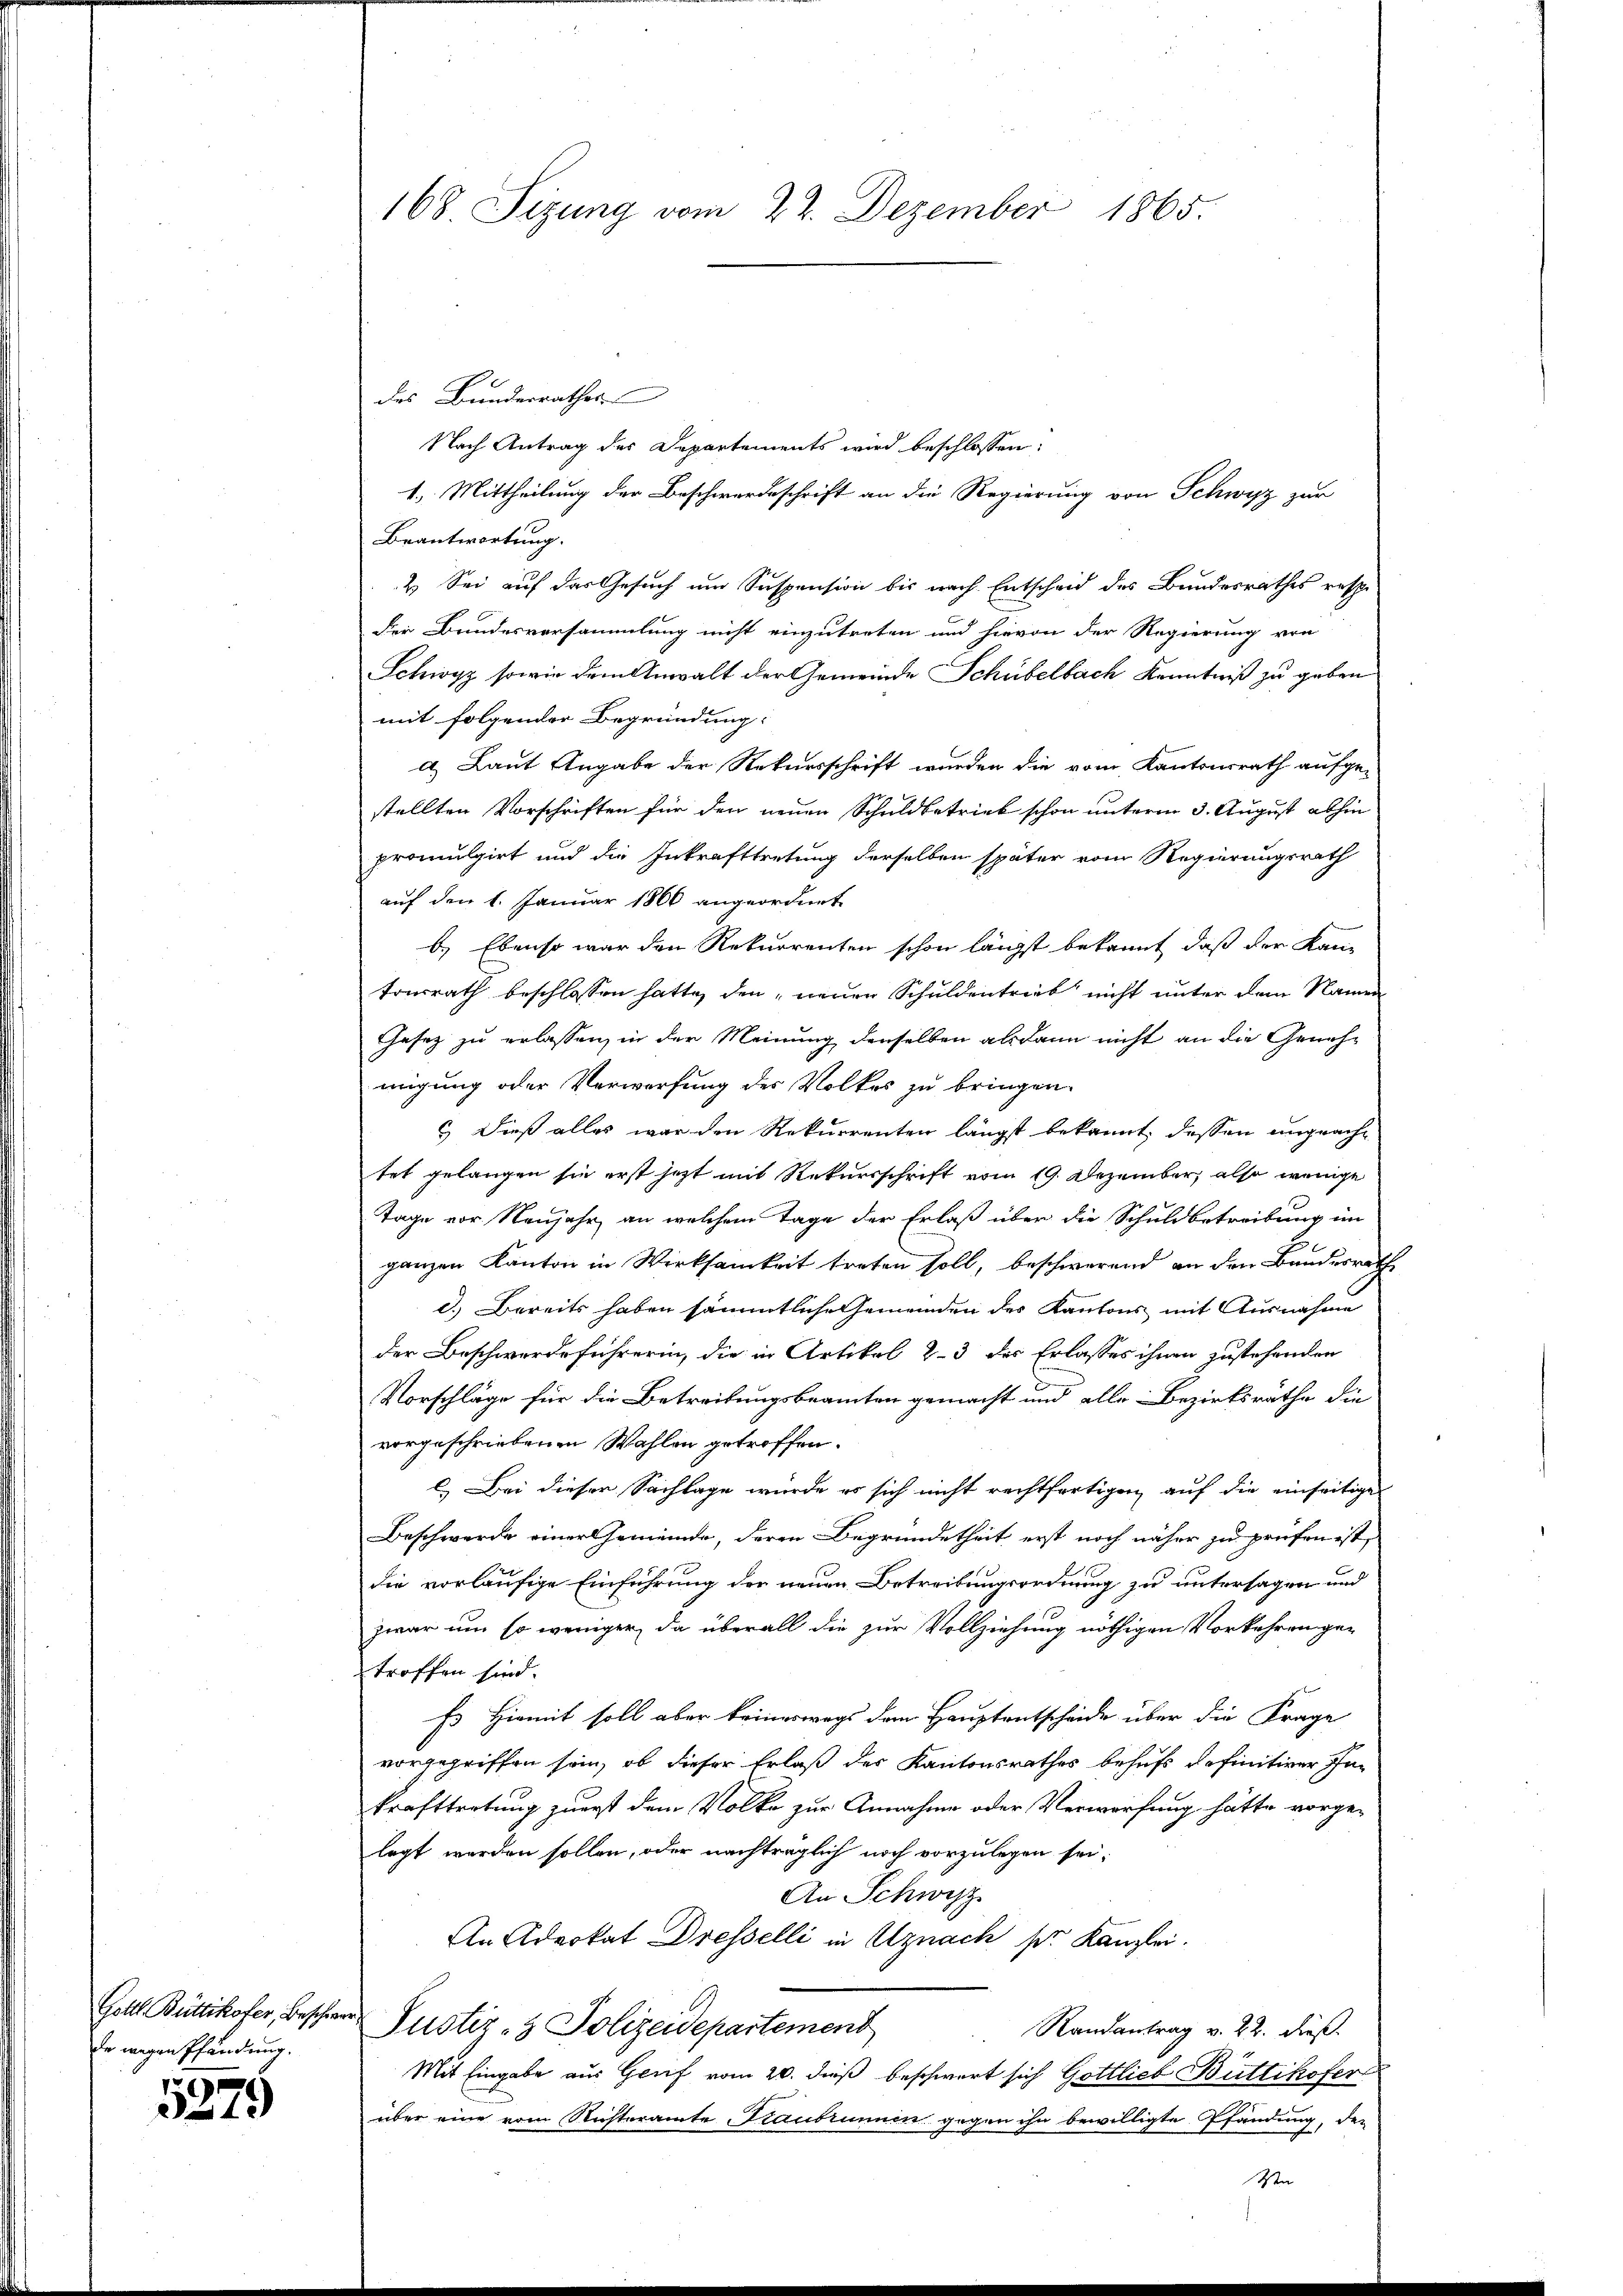
Gottl. Büttikofer, Beschwer.
de wegen Pfändung.
5279

168. Sizung vom 22. Dezember 1865.

des Bundesrathes
Nach Antrag des Departements wird beschlossen:
1.) Mittheilung der Beschwerdeschrift an die Regierung von Schwyz zur
Beantwortung.
2. Sei auf das Gesuch um Suspension bis nach Entscheid des Bundesrathes resp.
der Bundesversammlung nicht einzutreten und hievon der Regierung von
Schwyz sowie dem Anwalt der Gemeinde Schübelbach Kenntniß zu geben
mit folgender Begründung:
a. Laut Angabe der Rekursschrift wurden die vom Kantonsrath aufge-
stellten Vorschriften für den neuen Schuldbetrieb schon unterm 3. August abhin
promulgirt und die Inkrafttretung derselben später vom Regierungsrath
auf den 1. Januar 1866 angeordnet
) Ebenso war den Rekurrenten schon längst bekannt, daß der Kantonsrath beschlossen hatte, den neuen Schuldentrieb nicht unter dem Namen
Gesez zu erlassen, in der Meinung denselben alsdann nicht an die Genehmigung oder Verwerfung des Volkes zu bringen.
5) Dieß alles war den Rekurrenten längst bekannt, dessen unprache
tet gelangen sie erst jetzt mit Rekursschrift vom 19. Dezember, also wenige
Tage vor Neujahr, an welchem Tage der Erlaß über die Schuldbetreibung im
ganzen Kanton in Wirksamkeit treten soll, beschwerend an den Bundesrath
d.) Bereits haben sämmtliche Gemeinden des Kantons mit Ausnahme
der Beschwerdeführerin, die in Artikel 23 des Erlasses ihnen zustehenden
Vorschläge für die Betreibungsbeamten gemacht und alle Bezirksräthe die
vorgeschriebenen Wahlen getroffen.
Bei dieser Sachlage wurde es sich nicht rechtfertigen auf die einseitige
Beschwerde einer Gemeinde, deren Begründetheit erst noch näher zu prüfen ist,
die vorläufige Einführung der neuen Betreibungsordnung zu untersagen und
zwar um so weniger, da überall die zur Vollziehung nöthigen Vorkehren ge-
troffen sind.
Es Hiemit soll aber keineswegs dem Hauptentscheide über die Frage
vorgegriffen sein, ob dieser Erlaß der Kantonsrathes behufs definitiver In-
krafttretung zuerst dem Volke zur Annahme oder Verwerfung hätte vorge-
legt werden sollen, oder nachträglich noch vorzulegen sei.
An Schwyz
An Advokat Dresselli in Uznach pr. Kanzlei.
Justiz- & Polizeidepartement
Randantrag v. 22. dieß
Mit Eingabe aus Gruf vom 20. dieß beschwert sich Gottlieb Büttikofer
über eine vom Richteramte Staubrunnen gegen ihn bewilligte Pfändung, den
Vn